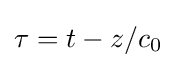
\tau =t-z/c_{0}